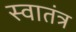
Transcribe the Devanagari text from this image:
स्‍वातंत्र